Civil Veterinary Department Bengal reports 1933-51 - 1933-1951
Year: 1933
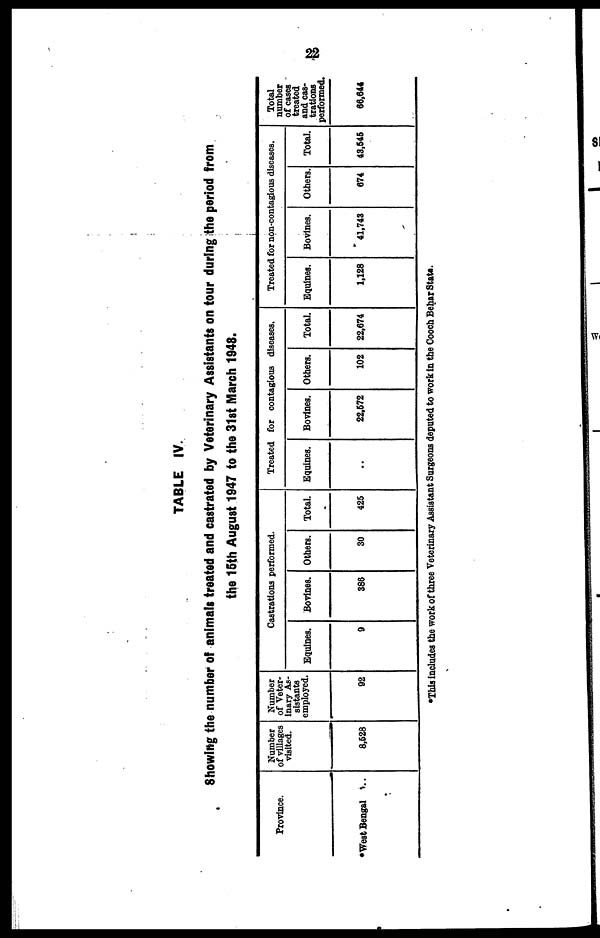
22
TABLE
IV.
Showing the number of animals treated and castrated by Veterinary Assistants on tour during the period from
the 15th August 1947 to the 31st March 1948.
Province.
*West Bengal
Number
of villages
visited.
8,528
Number
of Veter-
inary As-
sistants
employed.
92
Castrations performed.
Equines.
9
Bovines.
386
Others.
30
Total.
425
Treated for contagious diseases.
Equines.
..
Bovines.
22,672
Others.
102
Total.
22,674
Treated for non-contagious diseases.
Equines.
1,128
Bovines.
41,743
Others.
674
Total.
43,545
Total
number
of cases
treated
and cas-
performed.
66,644
*This includes the work of three Veterinary Assistant Surgeons deputed to work in the Cooch Behar Stats.